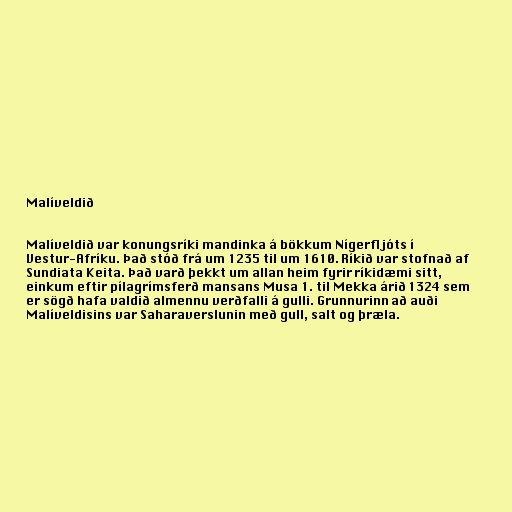
Malíveldið

Malíveldið var konungsríki mandinka á bökkum Nígerfljóts í
Vestur-Afríku. Það stóð frá um 1235 til um 1610. Ríkið var stofnað af
Sundiata Keita. Það varð þekkt um allan heim fyrir ríkidæmi sitt,
einkum eftir pílagrímsferð mansans Musa 1. til Mekka árið 1324 sem
er sögð hafa valdið almennu verðfalli á gulli. Grunnurinn að auði
Malíveldisins var Saharaverslunin með gull, salt og þræla.